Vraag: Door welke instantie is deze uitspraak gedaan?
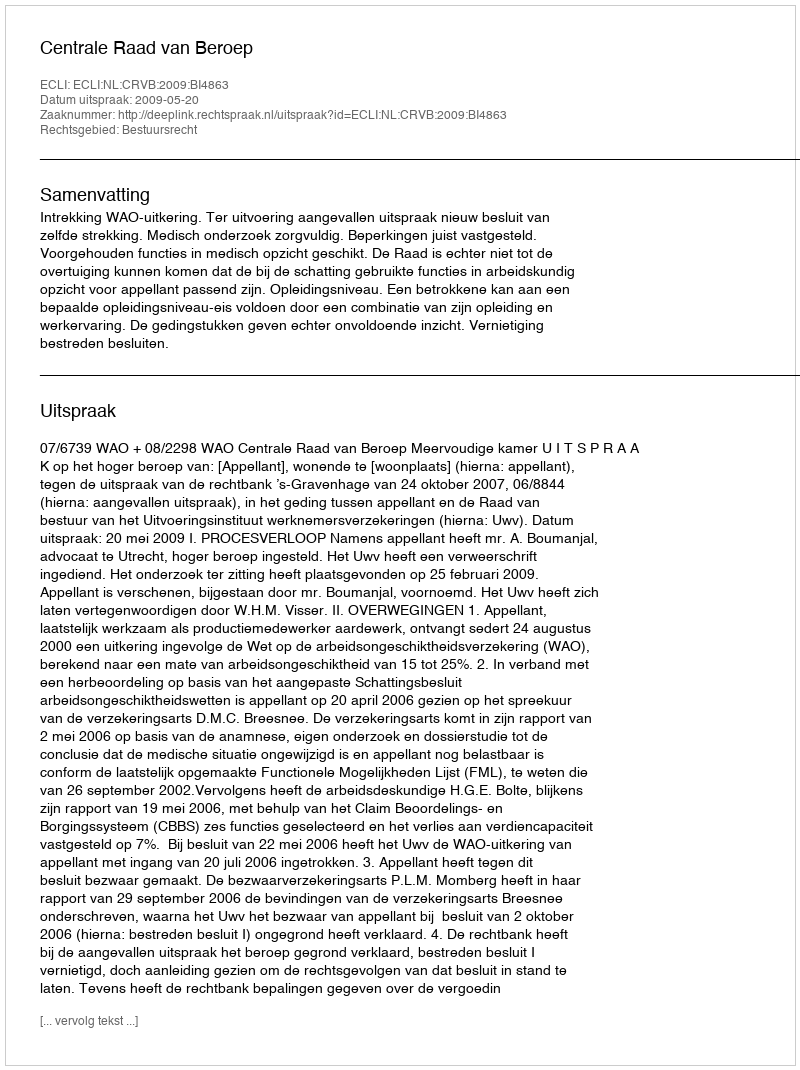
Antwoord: Centrale Raad van Beroep